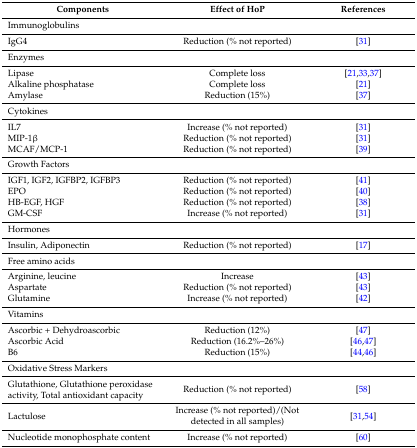
<table><thead><tr><td><b>Components</b></td><td><b>Effect of HoP</b></td><td><b>References</b></td></tr></thead><tbody><tr><td colspan="3">Immunoglobulins</td></tr><tr><td>IgG4</td><td>Reduction (% not reported)</td><td>[31]</td></tr><tr><td colspan="3">Enzymes</td></tr><tr><td>Lipase</td><td>Complete loss</td><td>[21,33,37]</td></tr><tr><td>Alkaline phosphatase</td><td>Complete loss</td><td>[21]</td></tr><tr><td>Amylase</td><td>Reduction (15%)</td><td>[37]</td></tr><tr><td colspan="3">Cytokines</td></tr><tr><td>IL7</td><td>Increase (% not reported)</td><td>[31]</td></tr><tr><td>MIP-1β</td><td>Reduction (% not reported)</td><td>[31]</td></tr><tr><td>MCAF/MCP-1</td><td>Reduction (% not reported)</td><td>[39]</td></tr><tr><td colspan="3">Growth Factors</td></tr><tr><td>IGF1, IGF2, IGFBP2, IGFBP3</td><td>Reduction (% not reported)</td><td>[41]</td></tr><tr><td>EPO</td><td>Reduction (% not reported)</td><td>[40]</td></tr><tr><td>HB-EGF, HGF</td><td>Reduction (% not reported)</td><td>[38]</td></tr><tr><td>GM-CSF</td><td>Increase (% not reported)</td><td>[31]</td></tr><tr><td colspan="3">Hormones</td></tr><tr><td>Insulin, Adiponectin</td><td>Reduction (% not reported)</td><td>[17]</td></tr><tr><td colspan="3">Free amino acids</td></tr><tr><td>Arginine, leucine</td><td>Increase</td><td>[43]</td></tr><tr><td>Aspartate</td><td>Reduction (% not reported)</td><td>[43]</td></tr><tr><td>Glutamine</td><td>Increase (% not reported)</td><td>[42]</td></tr><tr><td colspan="3">Vitamins</td></tr><tr><td>Ascorbic + Dehydroascorbic</td><td>Reduction (12%)</td><td>[47]</td></tr><tr><td>Ascorbic Acid</td><td>Reduction (16.2%–26%)</td><td>[46,47]</td></tr><tr><td>B6</td><td>Reduction (15%)</td><td>[44,46]</td></tr><tr><td colspan="3">Oxidative Stress Markers</td></tr><tr><td>Glutathione, Glutathione peroxidase activity, Total antioxidant capacity</td><td>Reduction (% not reported)</td><td>[58]</td></tr><tr><td>Lactulose</td><td>Increase (% not reported)/(Not detected in all samples)</td><td>[31,54]</td></tr><tr><td>Nucleotide monophosphate content</td><td>Increase (% not reported)</td><td>[60]</td></tr></tbody></table>